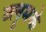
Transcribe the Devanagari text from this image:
ब्लूमके